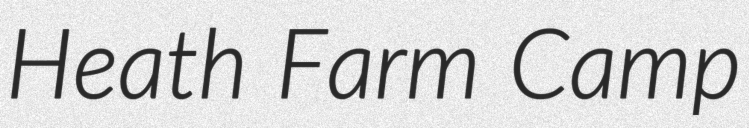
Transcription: Heath Farm Camp